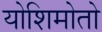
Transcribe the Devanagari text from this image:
योशिमोतो